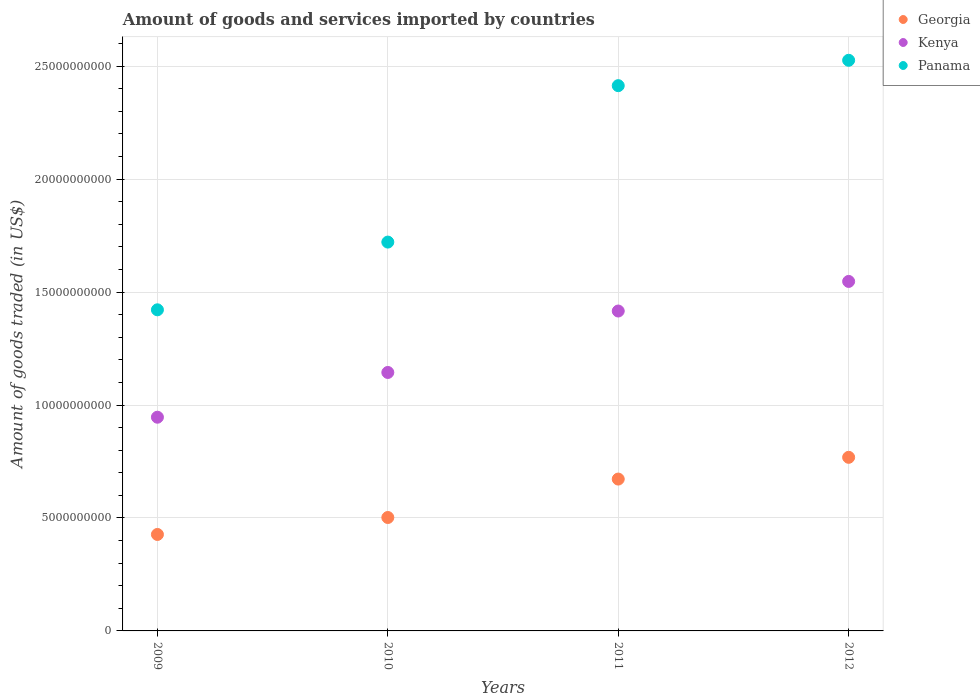
| Years | Georgia | Kenya | Panama |
 | --- | --- | --- | --- |
 | 2009 | 4.27e+09 | 9.46e+09 | 1.42e+10 |
 | 2010 | 5.02e+09 | 1.14e+10 | 1.72e+10 |
 | 2011 | 6.72e+09 | 1.42e+10 | 2.41e+10 |
 | 2012 | 7.69e+09 | 1.55e+10 | 2.53e+10 |